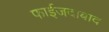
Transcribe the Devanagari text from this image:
फाईजदाबाद